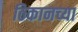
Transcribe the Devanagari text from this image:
ठिकानच्या